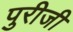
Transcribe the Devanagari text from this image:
पुरीजी